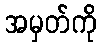
အမှတ်ကို